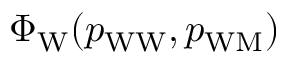
\Phi _ { \mathrm { W } } ( p _ { \mathrm { W W } } , p _ { \mathrm { W M } } )